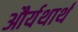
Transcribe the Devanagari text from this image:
और्यथार्थ